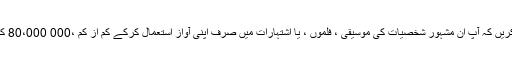
تاہم ، تصور کریں کہ آپ ان مشہور شخصیات کی موسیقی ، فلموں ، یا اشتہارات میں صرف اپنی آواز استعمال کرکے کم از کم ،000 80،000 کما سکتے ہیں۔